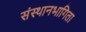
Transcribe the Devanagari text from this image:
संस्थानभागिता